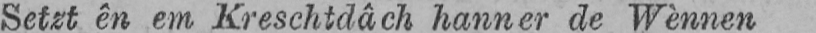
Setzt ên em Kreschtdâch hanner de Wènnen